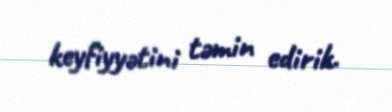
keyfiyyətini təmin edirik.